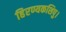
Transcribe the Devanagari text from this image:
हिरण्यकशिपु।